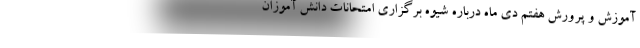
آموزش و پرورش هفتم دی ماه درباره شیوه برگزاری امتحانات دانش آموزان